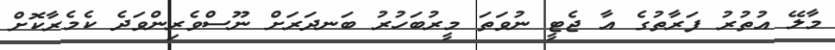
މާލޭ އުތުރު ފަރާތުގެ އާ ޖެޓީ ނުވަތަ މީރުބަހުރު ބަނދަރަށް ނޫސްވެރިންވަދެ ކެމެރާކޮށް